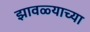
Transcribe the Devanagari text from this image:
झावळ्याच्या